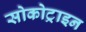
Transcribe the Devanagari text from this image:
सोकोट्राइन